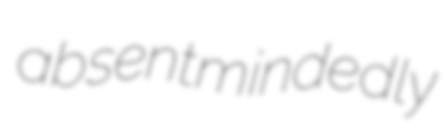
absentmindedly